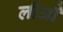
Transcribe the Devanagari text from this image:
लीआैं